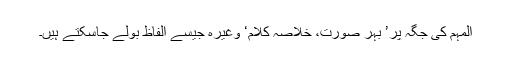
المہم کی جگہ پر’ بہر صورت، خلاصہ کلام‘ وغیرہ جیسے الفاظ بولے جاسکتے ہیں۔